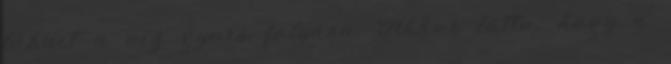
lábait a víz gyors folyása. Akkor látta, hogy a